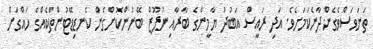
ތަނަވަސްވެގެންދާނެކަމަށެވެ. އަދި ރައީސް އަބުދު ޔާމީންގެ ބާރާއި ނުފޫޒް ބޭނުންކޮށްގެން ކެނޑިޑޭޓުންތަކެއްގެ ހައްގަށް